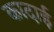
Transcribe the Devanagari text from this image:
कादाई